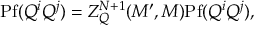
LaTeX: \mathrm { P f } ( Q ^ { i } Q ^ { j } ) = Z _ { Q } ^ { N + 1 } ( M ^ { \prime } , M ) \mathrm { P f } ( Q ^ { i } Q ^ { j } ) ,